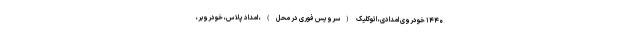
۱۴۴۰ خودروی امدادی، اتوکلیک (سرویس فوری در محل)، امداد پلاس، خودروبر،